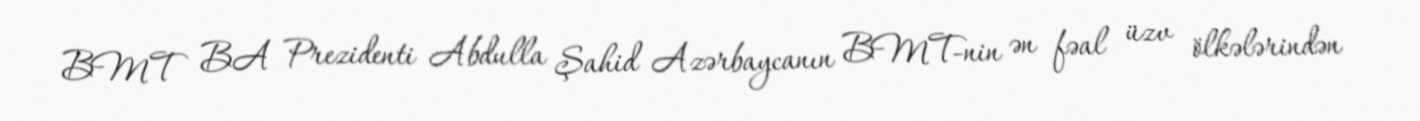
BMT BA Prezidenti Abdulla Şahid Azərbaycanın BMT-nin ən fəal üzv ölkələrindən